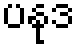
ပနုဒ